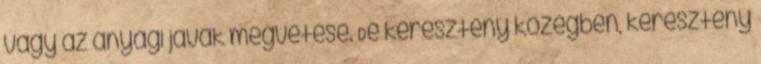
vagy az anyagi javak megvetése. De keresztény közegben, keresztény